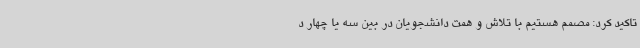
تاکید کرد: مصمم هستیم با تلاش و همت دانشجویان در بین سه یا چهار د